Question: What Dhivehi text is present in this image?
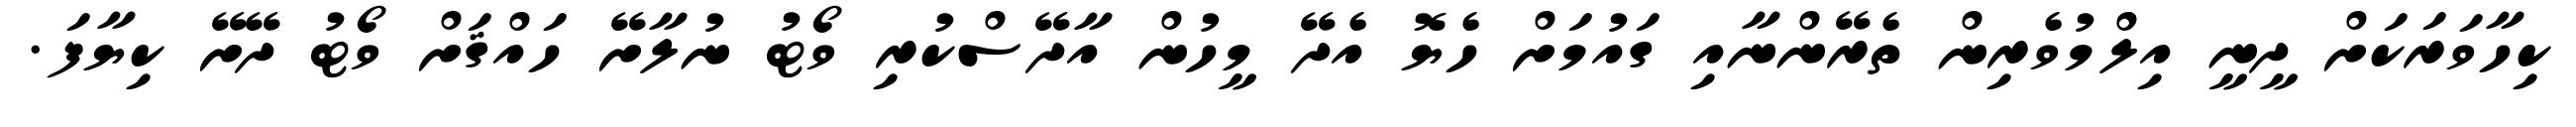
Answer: ކިހާވަރަކަށް ދީނީ އިލްމުވެރިން ތެރޭންނާއި ގައުމަށް ހެޔޮ އެދޭ މީހުން އާދޭސްކުރި ވޯޓު ނުލާށޭ ހައްޤަށް ވޯޓު ދޭށޭ ކިޔާފަ.